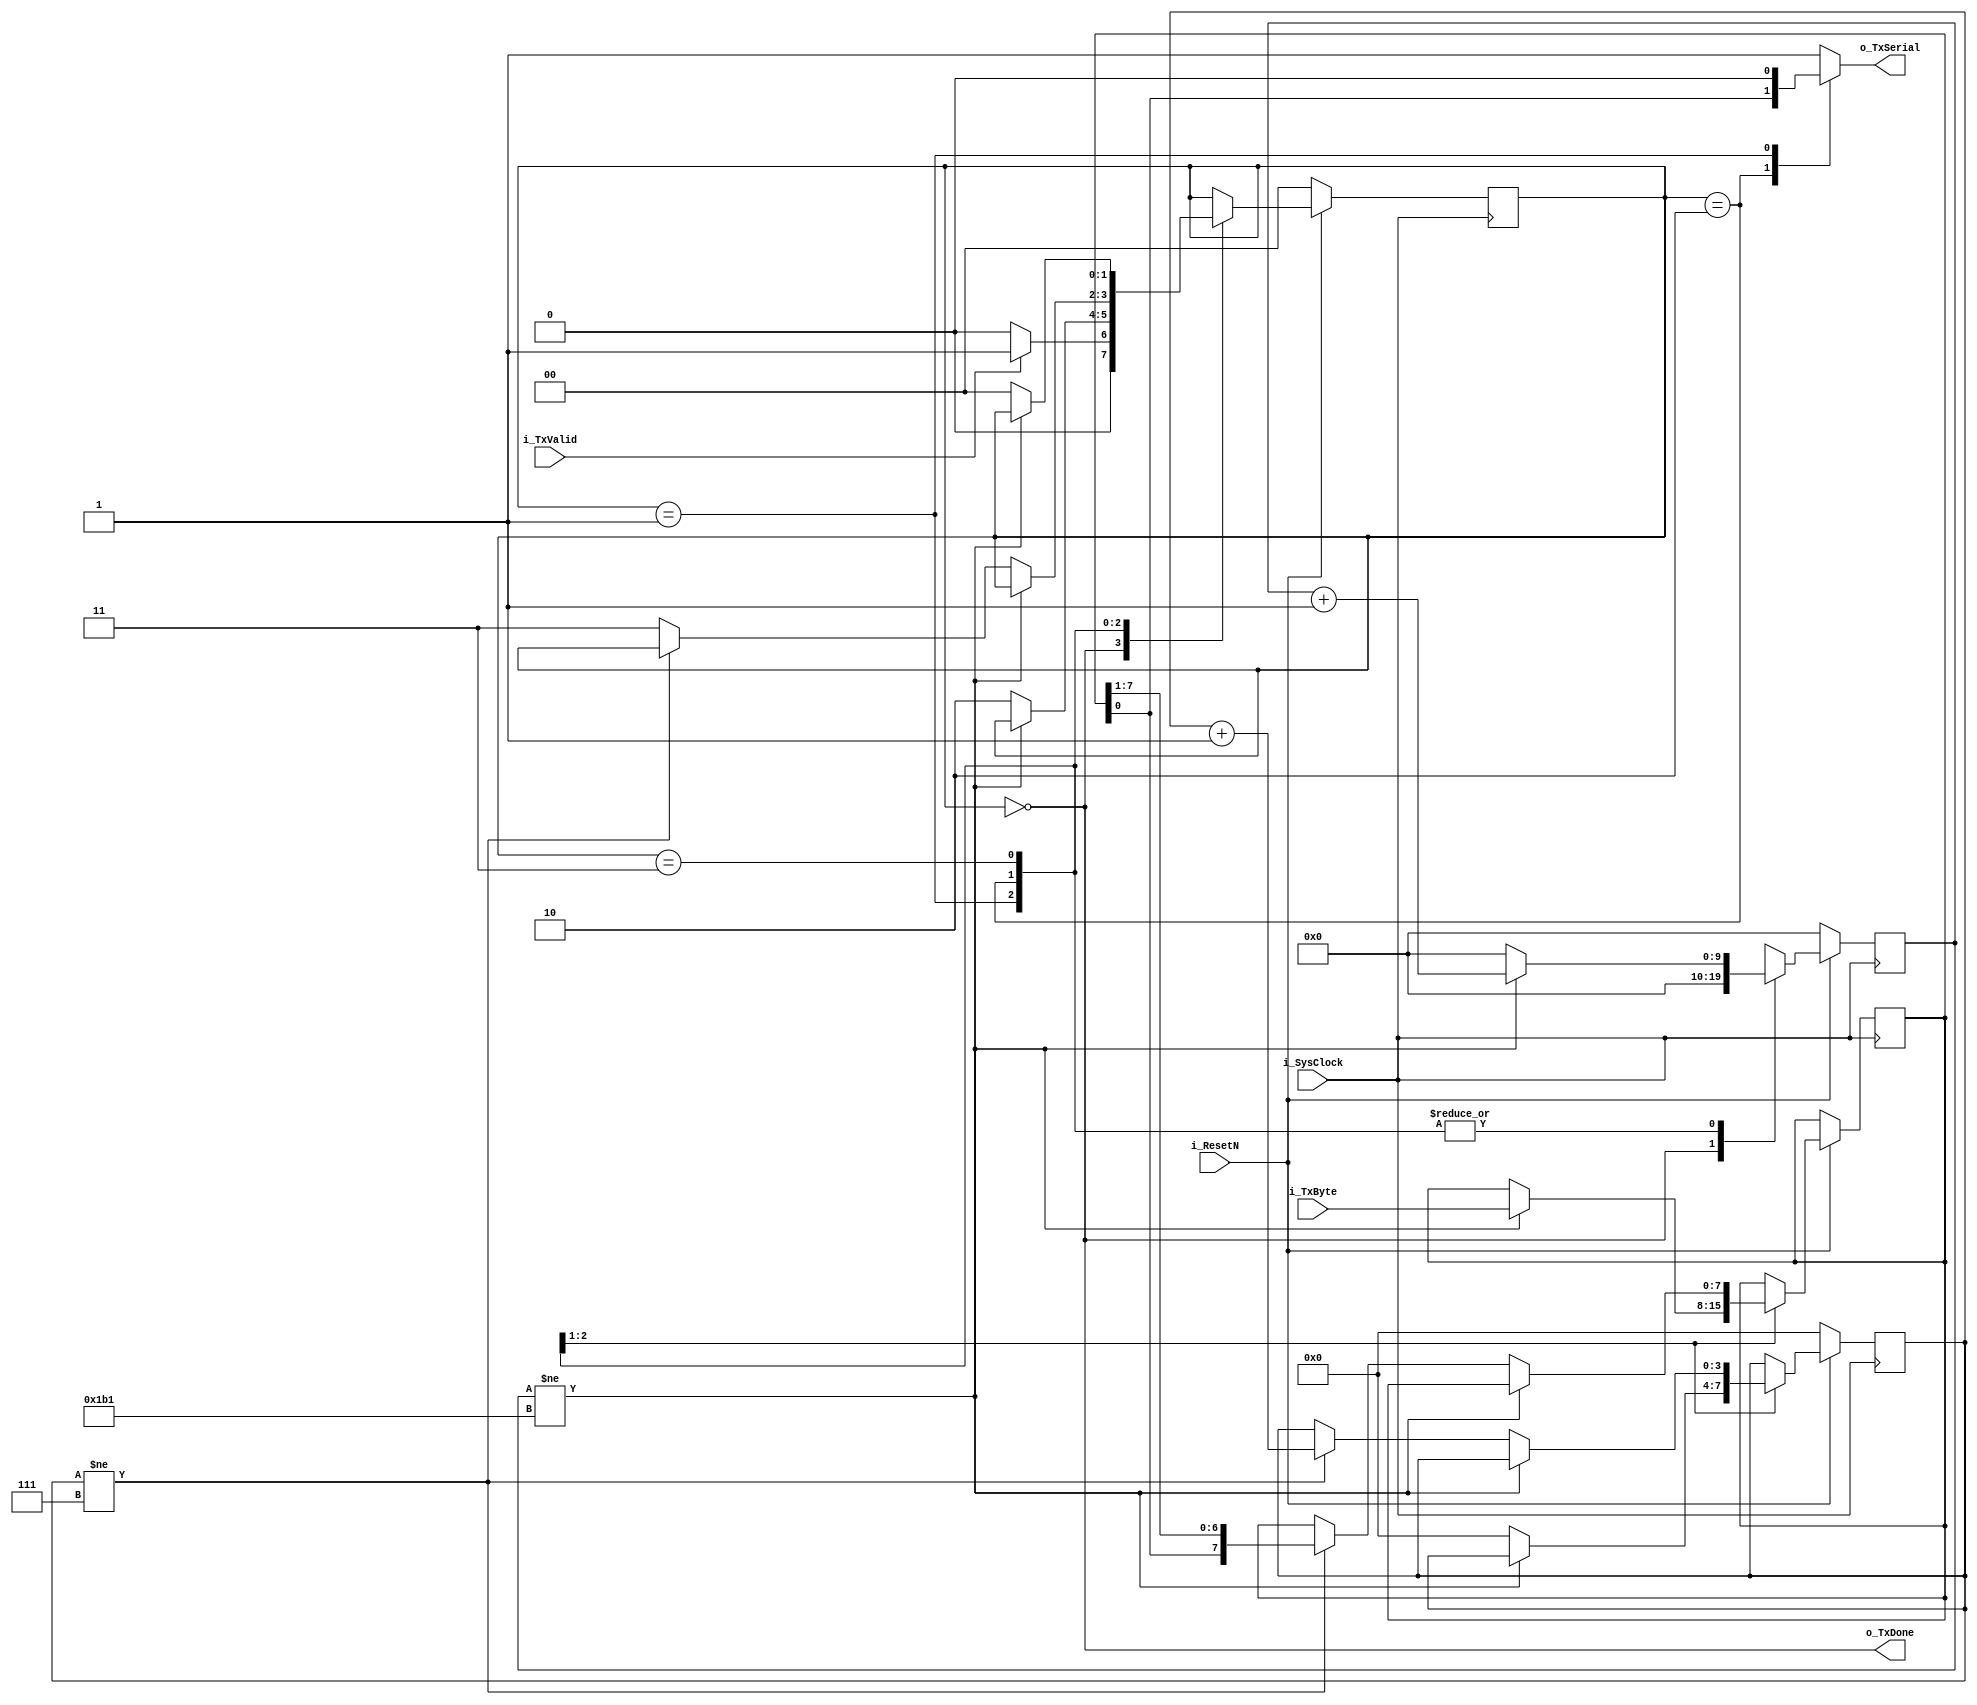
//20210120 UART TX

`timescale 1 ns / 1 ps
`default_nettype none
//`define DBG

module uart_tx
    #(
    parameter SYS_CLOCK = 50000000,
    parameter UART_BAUDRATE = 115200
    )(
    input wire i_ResetN,
    input wire i_SysClock,
    input wire i_TxValid,
    input wire [7:0] i_TxByte,
    output wire o_TxSerial,
    output wire o_TxDone
    );

    localparam MAX_CYCLE_CNT = ((SYS_CLOCK * 10 / UART_BAUDRATE + 5)) / 10  - 1;

    parameter IDLE      = 2'd0;
    parameter START_BIT = 2'd1;
    parameter DATA_BITS = 2'd2;
    parameter STOP_BIT  = 2'd3;

    reg [1:0] state;
    reg TxSerial;
    reg [7:0] shift_reg;
    reg [3:0] bit_count;
    reg [$clog2(MAX_CYCLE_CNT):0] cycle_count;
`ifdef DBG
    reg [7:0] dbg;
`endif

    assign o_TxSerial = TxSerial;
    assign o_TxDone = (state == IDLE);

    always @(*) begin
        case (state)
            DATA_BITS: TxSerial = shift_reg[0];
            START_BIT: TxSerial = 0;
            default: TxSerial = 1;
        endcase
    end

    always @(posedge i_SysClock) begin
        if (!i_ResetN) begin
            state <= IDLE;
            cycle_count <= 0;
            bit_count <= 0;
`ifdef DBG
            dbg <= 0;
`endif
        end else begin
            case (state)
                IDLE: begin
                    state <= i_TxValid ? START_BIT : IDLE;
                    cycle_count <= 0;
`ifdef DBG
                    dbg[0] <= ~dbg[0];
`endif
                end
                START_BIT: begin
                    if (cycle_count != MAX_CYCLE_CNT) begin
                        cycle_count <= cycle_count + 1;
                        shift_reg <= i_TxByte;
`ifdef DBG
                        dbg[1] <= ~dbg[1];
`endif
                    end else begin
                        cycle_count <= 0;
                        bit_count <= 0;
                        state <= DATA_BITS;
`ifdef DBG
                        dbg[2] <= ~dbg[2];
`endif
                    end
                end
                DATA_BITS: begin
                    if (cycle_count != MAX_CYCLE_CNT) begin
                        cycle_count <= cycle_count + 1;
`ifdef DBG
                        dbg[3] <= ~dbg[3];
`endif
                    end else begin
                        if (bit_count != 7) begin //0,1,2,3,..,7
                            bit_count <= bit_count + 1;
                            shift_reg <= {shift_reg[0],shift_reg[7:1]};
`ifdef DBG
                            dbg[4] <= ~dbg[4];
`endif
                        end else begin
                            state <= STOP_BIT;
`ifdef DBG
                            dbg[5] <= ~dbg[5];
`endif
                        end
                        
                        cycle_count <= 0;
                    end
                end
                STOP_BIT: begin
                    if (cycle_count != MAX_CYCLE_CNT) begin
                        cycle_count <= cycle_count + 1;
`ifdef DBG
                        dbg[5] <= ~dbg[5];
`endif
                    end else begin
                        state <= IDLE;
                        cycle_count <= 0;
`ifdef DBG
                        dbg[6] <= ~dbg[6];
`endif
                    end
                end
                default: begin
                    cycle_count <= 0;
                    bit_count <= 0;
`ifdef DBG
                    dbg[7] <= ~dbg[7];
`endif
                end
            endcase
        end
    end

endmodule
`resetall